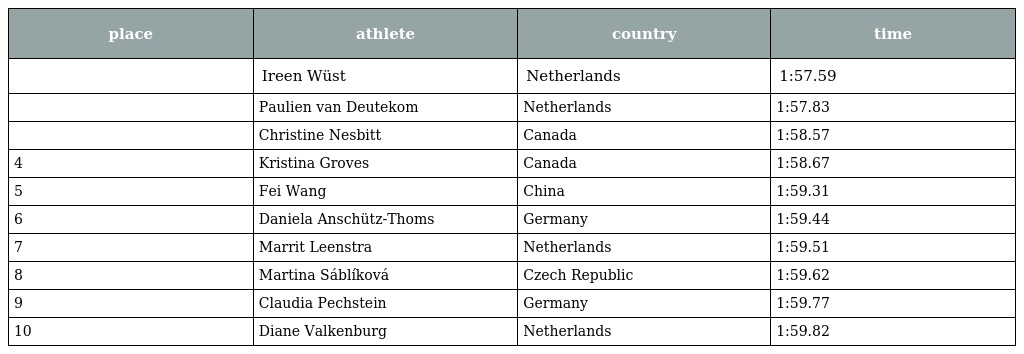
| place | athlete | country | time |
 | --- | --- | --- | --- |
 |  | Ireen Wüst | Netherlands | 1:57.59 |
 |  | Paulien van Deutekom | Netherlands | 1:57.83 |
 |  | Christine Nesbitt | Canada | 1:58.57 |
 | 4 | Kristina Groves | Canada | 1:58.67 |
 | 5 | Fei Wang | China | 1:59.31 |
 | 6 | Daniela Anschütz-Thoms | Germany | 1:59.44 |
 | 7 | Marrit Leenstra | Netherlands | 1:59.51 |
 | 8 | Martina Sáblíková | Czech Republic | 1:59.62 |
 | 9 | Claudia Pechstein | Germany | 1:59.77 |
 | 10 | Diane Valkenburg | Netherlands | 1:59.82 |